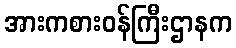
အားကစားဝန်ကြီးဌာနက